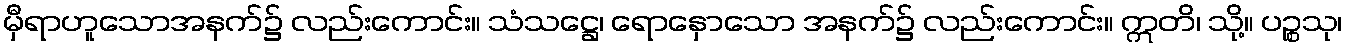
မှီရာဟူသောအနက်၌ လည်းကောင်း။ သံသဋ္ဌေ၊ ရောနှောသော အနက်၌ လည်းကောင်း။ ဣတိ၊ သို့။ ပဉ္စသု၊